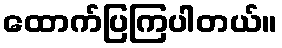
ထောက်ပြကြပါတယ်။